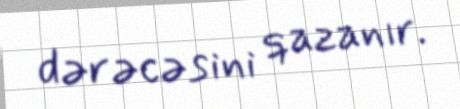
dərəcəsini qazanır.